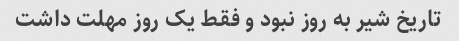
تاریخ شیر به روز نبود و فقط یک روز مهلت داشت